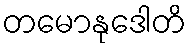
တမောနုဒေါတိ